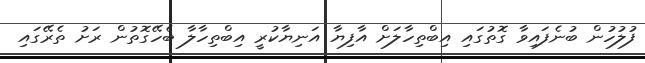
ފުލުހުން ބުނެފައިވާ ގޮތުގައި އިބްތިހާލަށް އާފިޔާ އަނިޔާކުރީ އިބްތިހާލާ ބެހޭގޮތުން ރަށު ތެރޭގައި